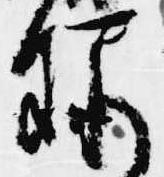
録